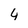
Character: 4